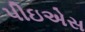
પીઇએસ